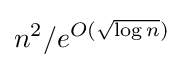
n^{2}/e^{O({\sqrt {\log n}})}